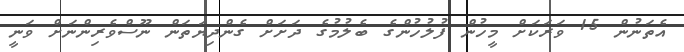
އެތަނުން 15 ވަރަކަށް މީހުން ފުލުހުންގެ ބެލުމުގެ ދަށަށް ގެންދިޔަތަން ނޫސްވެރިންނަށް ވަނީ